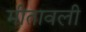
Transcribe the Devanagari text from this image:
मीतावली